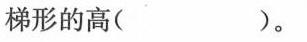
梯形的高( )。